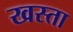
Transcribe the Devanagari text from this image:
खस्‍ता